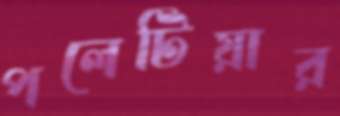
পলেটিয়ার